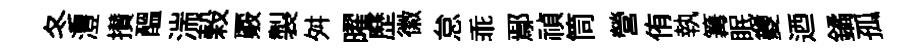
冬灃攅醖湍榖覈製舛曜歷徽怠乖鄢禎筒營侑執篝眠夔迺鐍孤